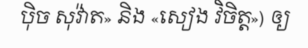
ប៉ិច សុវ៉ាត» និង «សៀង វិចិត្ត») ឲ្យ